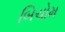
બિચોમ